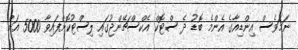
ނަމަވެސް އިންޑިއާގެ އެންމެ ބޮޑު ދެ ސްޓޮކް އެކްސްޗޭންޖުގައި ލިސްޓުކޮށްފައިވާ 5000 އަށް